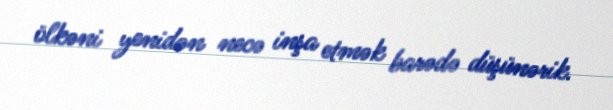
ölkəni yenidən necə inşa etmək barədə düşünərik.